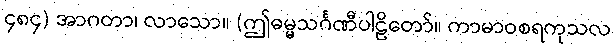
၄၈၄) အာဂတာ၊ လာသော။ (ဤဓမ္မသင်္ဂဏီပါဠိတော်။ ကာမာဝစရကုသလ